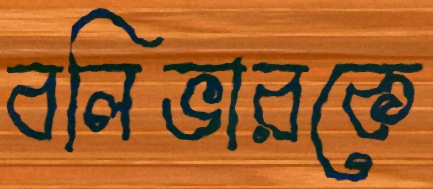
বলিভারকে